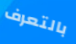
بالتعرف